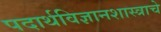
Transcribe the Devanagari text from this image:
पदार्थविज्ञानशास्त्राचे